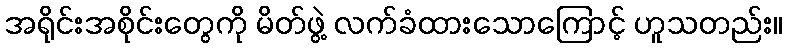
အရိုင်းအစိုင်းတွေကို မိတ်ဖွဲ့ လက်ခံထားသောကြောင့် ဟူသတည်း။